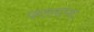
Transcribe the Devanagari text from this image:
फलनांच्या